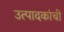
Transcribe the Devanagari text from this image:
उत्पादकांची